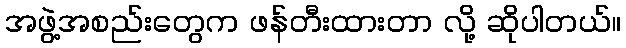
အဖွဲ့အစည်းတွေက ဖန်တီးထားတာ လို့ ဆိုပါတယ်။